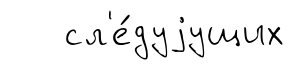
сл'е́дуjущих